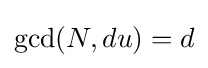
\gcd(N,du)=d